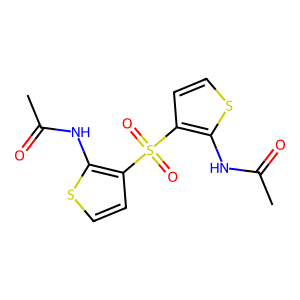
SMILES: CC(=O)Nc1sccc1S(=O)(=O)c1ccsc1NC(C)=O
Inhibits HIV replication: No